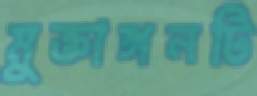
মুক্তাঙ্গনটি